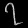
Digit: ၇